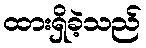
ထားရှိခဲ့သည်